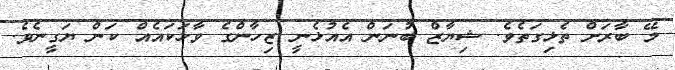
މޭ ބާރަށް ތެޅިގަތެވެ. ޝިޔާޒް ބުނަން އެއުޅެނީ ޒިހާންގެ ވާހަކައެއް ކަން ޔަގީނެވެ.